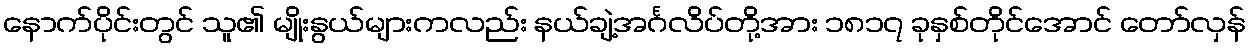
နောက်ပိုင်းတွင် သူ၏ မျိုးနွယ်များကလည်း နယ်ချဲ့အင်္ဂလိပ်တို့အား ၁၈၁၇ ခုနှစ်တိုင်အောင် တော်လှန်